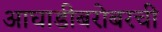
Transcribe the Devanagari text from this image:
आघाडीबरोबरची